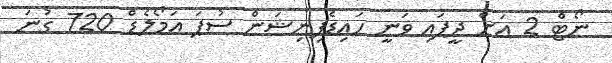
ނޯޓް 2 އަށް ދީފައި ވަނީ ހައިޑެފިނިޝަން ސުޕަ އަމޯލެޑް 720 ގުނަ